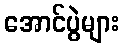
အောင်ပွဲများ